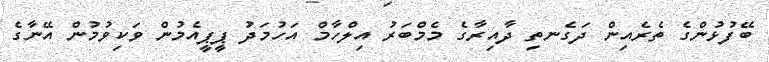
ބޭފުޅުންގެ ތެރެއިން ދަގެނތި ދާއިރާގެ މެމްބަރު އިލްހާމް އަހުމަދު ޕީޕީއެމުން ވަކިވުމުން އޭނާގެ